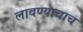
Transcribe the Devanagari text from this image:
लावण्याचाच